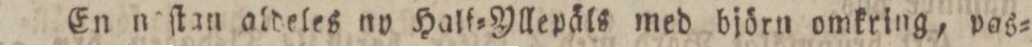
En neſtan aldeles ny Half=Yllepäls med björn omkring, pas=